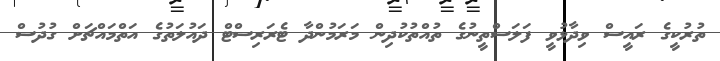
ތުރުކީގެ ރައީސް ވިދާޅުވީ ފަލަސްތީނުގެ ތުއްތުކުދިން މަރަމުންދާ ޓެރަރިސްޓް ދައުލަތުގެ އަތްމައްޗަށް ގުދުސް